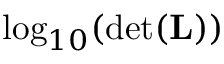
\log _ { 1 0 } ( \operatorname* { d e t } ( \mathbf { L } ) )